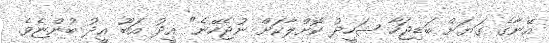
އޭނާގެ ގަޔަށް ބަޑިޖަހާ ޝަހީދު ކޮށްލާކަށް ނުޖެހޭނެ" އީދު އަބޫ އީދު ބުންޏެވެ.